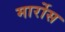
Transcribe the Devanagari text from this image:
मार्रोस